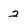
Character: 2